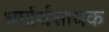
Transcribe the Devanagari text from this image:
धर्मार्थसाधक